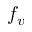
f _ { v }